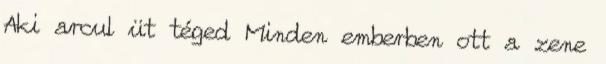
Aki arcul üt téged Minden emberben ott a zene